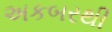
અકબરથી